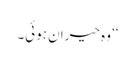
‘‘ وہ حیران ہوئی۔